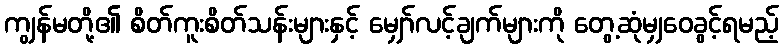
ကျွန်မတို့၏ စိတ်ကူးစိတ်သန်းများနှင့် မျှော်လင့်ချက်များကို တွေ့ဆုံမျှဝေခွင့်ရမည့်